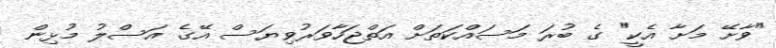
"ވާށޭ މަށާ އެކީ" ގެ ބުރަ މަސައްކަތަށް އަތްޖަހާވަރުވިޔަސް އޭގެ އަސްލު މުޅިން